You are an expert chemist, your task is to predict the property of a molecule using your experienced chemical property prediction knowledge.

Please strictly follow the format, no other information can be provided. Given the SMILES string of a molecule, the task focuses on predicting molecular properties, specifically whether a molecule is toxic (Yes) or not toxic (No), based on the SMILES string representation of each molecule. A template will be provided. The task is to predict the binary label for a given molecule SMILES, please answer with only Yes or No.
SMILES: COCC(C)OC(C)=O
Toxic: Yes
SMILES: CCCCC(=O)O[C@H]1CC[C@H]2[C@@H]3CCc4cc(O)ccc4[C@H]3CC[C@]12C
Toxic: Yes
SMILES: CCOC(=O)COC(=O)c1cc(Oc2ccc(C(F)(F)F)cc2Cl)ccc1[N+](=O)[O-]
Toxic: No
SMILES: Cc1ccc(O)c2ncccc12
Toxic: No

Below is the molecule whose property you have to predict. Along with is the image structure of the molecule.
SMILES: c1ccc2c(c1)CCCC2C1=NCCN1
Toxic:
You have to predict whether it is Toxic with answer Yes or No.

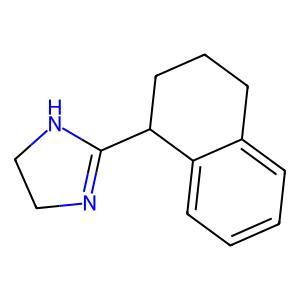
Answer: No